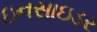
ઇનસાઇડર